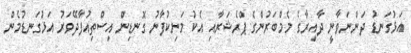
އަޅުގަނޑު ދަންނަވާނީ ދާއިރާގެ މެމްބަރުންގެ ޕްރެޝަރާއި އެކު މަނިކުފާނު ގޮނޑިން އިސްތިއުފާދޭވަރު އަޅުގަނޑުމެން